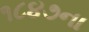
૧૮૪૭ના